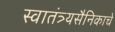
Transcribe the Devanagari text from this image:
स्वातंत्र्यसैनिकाचे